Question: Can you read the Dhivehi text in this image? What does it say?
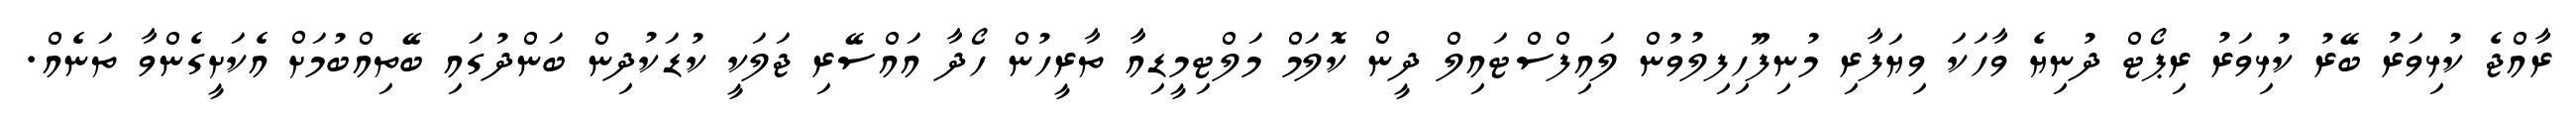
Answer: ރާއްޖެ ކުޅިވަރު ބޭރު ކުޅިވަރު ރިޕޯޓް ދުނިޔެ ވާހަކަ ވިޔަފާރި މުނިފޫހިފިލުވުން ލައިފްސްޓައިލް ދީން ކޮލަމް މަލްޓިމީޑިއާ ތާރީހުން ހޯދާ އައްސޭރި ޖަލަކީ ކުޑަކުދިން ބަންދުގައި ބޭތިއްބުމަށް އެކަށީގެންވާ ތަނެއް.